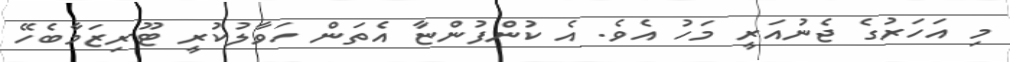
މި އަހަރުގެ ޖެނުއަރީ މަހު އެވެ. އެ ކުންފުންޏާ އެތަން ހަވާލުކުރީ ޓޫރިޒަމާބެހޭ